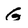
Character: G